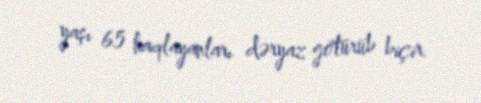
yaşı 65 haqlayanları dəryaz götürüb biçir.